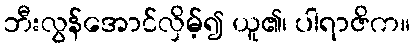
ဘီးလွန်အောင်လှိမ့်၍ ယူ၏၊ ပါရာဇိက။